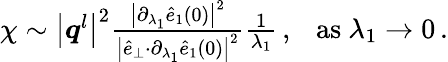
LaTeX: \begin{array}{r}{\chi\sim\big\vert\boldsymbol{q}^{l}\big\vert^{2}\frac{\big\vert\partial_{\lambda_{1}}\hat{e}_{1}(0)\big\vert^{2}}{\big\vert\hat{e}_{\perp}{\cdot}\partial_{\lambda_{1}}\hat{e}_{1}(0)\big\vert^{2}}\frac{1}{\lambda_{1}}\, ,~~~\mathrm{as}~\lambda_{1}\rightarrow 0\, .}\end{array}